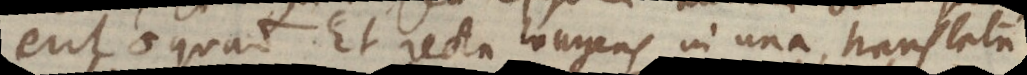
erit o quad. Et recta longens in una translata